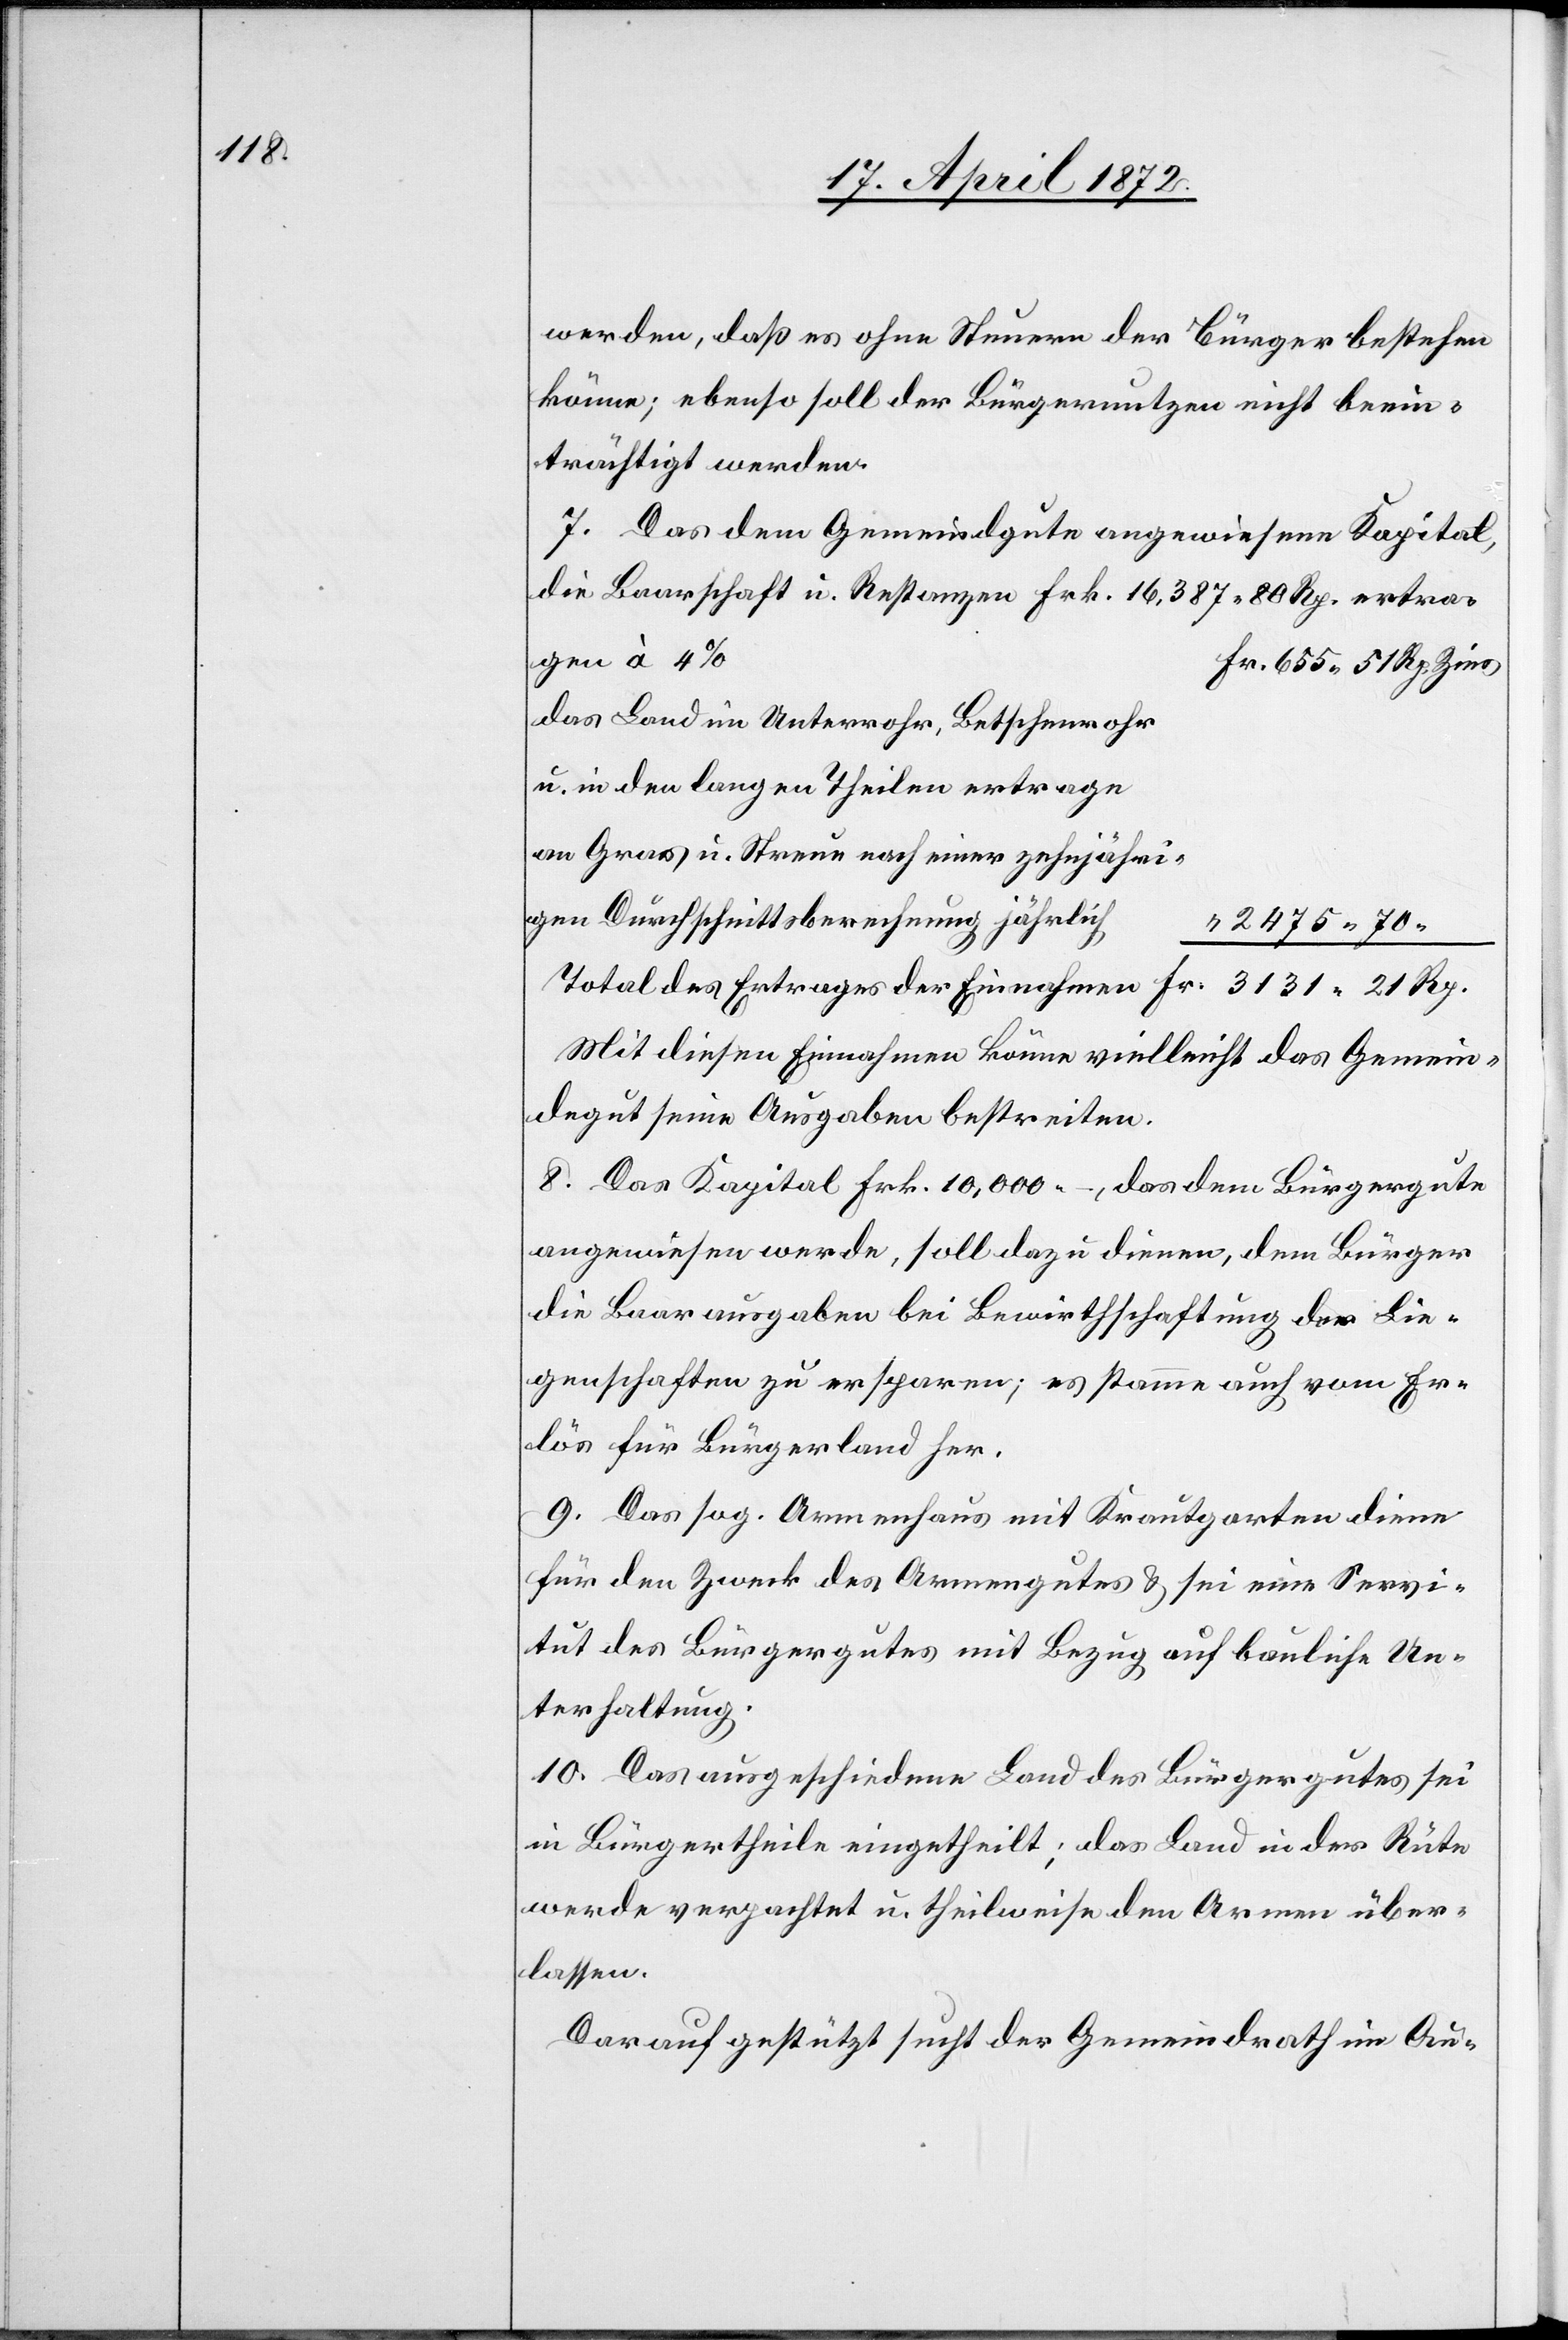
werden, daß es ohne Steuern der Bürger bestehen
könne; ebenso soll der Bürgernutzen nicht beein¬
trächtigt werden.
7. Das dem Gemeindgute angewiesene Kapital,
die Baarschaft u. Restanzen Frk. 16,387 80 Rp. ertra¬
gen à 4%
Das Land im Unterrohr, Betschenrohr
u. in den langen Theilen ertrage
an Gras u. Streue nach einer zehnjähri¬
gen Durchschnittsberechnung jährlich
Total des Ertrages der Einnahmen
Mit diesen Einnahmen könne vielleicht das Gemein¬
degut seine Ausgaben bestreiten.
8. Das Kapital Frk. 10,000 –, das dem Bürgergute
angewiesen werde, soll dazu dienen, dem Bürger
die Baarausgaben bei Bewirthschaftung der Lie¬
genschaften zu ersparen; es stamme auch vom Er¬
lös für Bürgerland her.
9. Das sog. Armenhaus mit Krautgarten diene
für den Zweck des Armengutes u. sei eine Servi¬
tut des Bürgergutes mit Bezug auf bauliche Un¬
terhaltung.
10. Das ausgeschiedene Land des Bürgergutes sei
in Bürgertheile eingetheilt; das Land in der Rüte
werde verpachtet u. theilweise den Armen über¬
lassen.
Darauf gestützt sucht der Gemeindrath im Au-